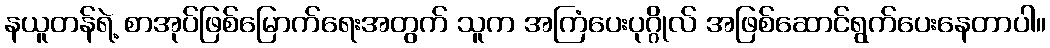
နယူတန်ရဲ့ စာအုပ်ဖြစ်မြောက်ရေးအတွက် သူက အကြံပေးပုဂ္ဂိုလ် အဖြစ်ဆောင်ရွက်ပေးနေတာပါ။